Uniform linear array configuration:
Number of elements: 32
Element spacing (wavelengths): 0.25
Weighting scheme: cosine
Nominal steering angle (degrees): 0
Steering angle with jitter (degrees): -1.833
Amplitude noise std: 0.05
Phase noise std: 0.05

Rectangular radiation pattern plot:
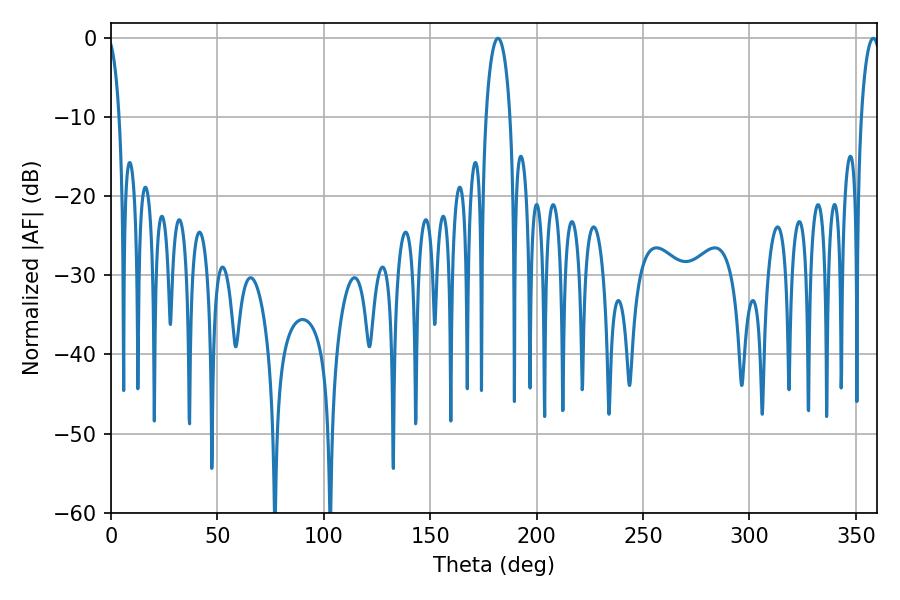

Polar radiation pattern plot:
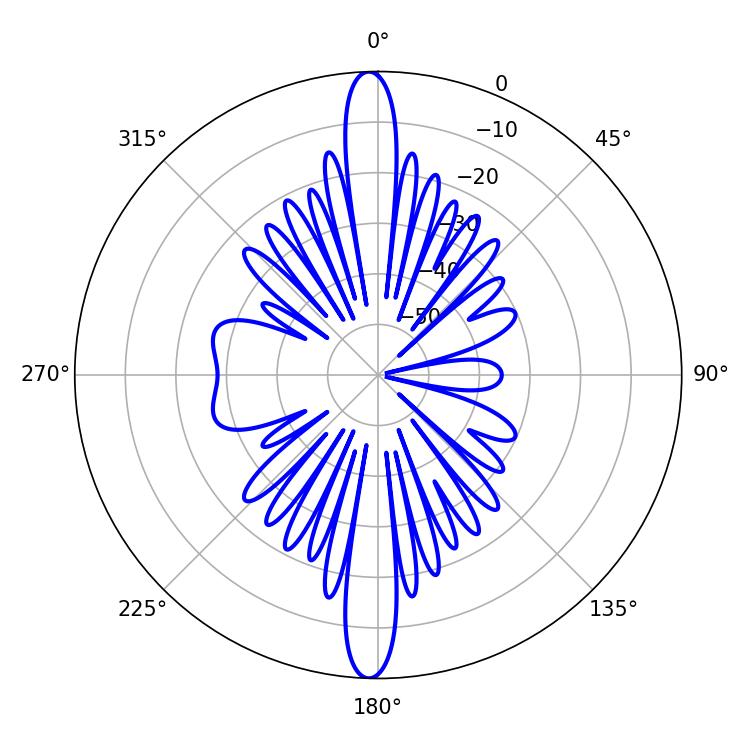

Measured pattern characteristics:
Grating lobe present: FALSE
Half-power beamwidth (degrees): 6.48
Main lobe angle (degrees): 181.8